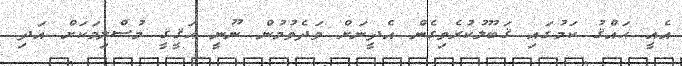
އެއީ ޙައްޤު ކަމުގައި ޤަބޫލުކުރެވިގެން އެދީނަށް ވަދެވުމުން ނޫނީ ޙަޤީޤީ މުސްލިމަކަށް އަދި